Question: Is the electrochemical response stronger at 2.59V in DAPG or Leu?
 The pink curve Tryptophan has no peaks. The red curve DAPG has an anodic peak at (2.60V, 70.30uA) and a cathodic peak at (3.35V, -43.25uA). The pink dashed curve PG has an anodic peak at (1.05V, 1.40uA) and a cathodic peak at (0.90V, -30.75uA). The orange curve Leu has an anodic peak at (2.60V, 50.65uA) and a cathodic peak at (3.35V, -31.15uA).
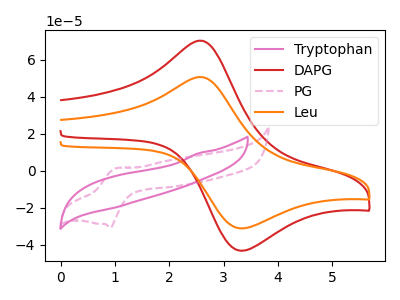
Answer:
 <answer>The peak at 2.59V is higher in "DAPG" than in "Leu".</answer>
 <eval>higher</eval>